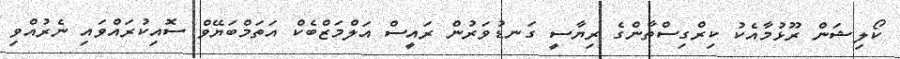
ކޯލިޝަން ރޫޅުމާއެކު ކިރްގިސްތާންގެ ރިޔާސީ ގަނޑުވަރުން ރައީސް އަލްމަޒްބެކް އަތަމްބަޔޭވް ސޮއިކުރައްވައި ނެރުއްވި